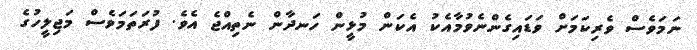
ނަމަވެސް ވެރިކަމަށް ވަޑައިގެންނެވުމާއެކު އެކަން މުޅީން ހަނދާން ނެތިއްޖެ އެވެ. ފުރަތަމަވެސް މަޖިލީހުގެ